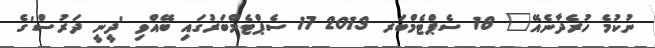
ނުކުމެ ހުރެދާނެއޭ" 18 ސެޕްޓެމްބަރ 2013 17 ސެޕްޓެމްބަރުގައި ބޭއްވި 'ދީނީ ދަރުސް'ގެ